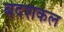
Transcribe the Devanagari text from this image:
बदशकल